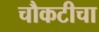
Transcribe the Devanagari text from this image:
चौकटीचा